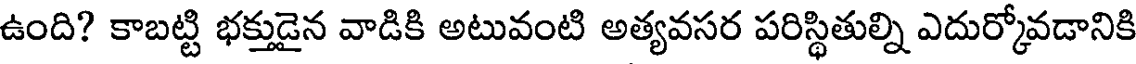
ఉంది? కాబట్టి భక్తుడైన వాడికి అటువంటి అత్యవసర పరిస్థితుల్ని ఎదుర్కోవడానికి